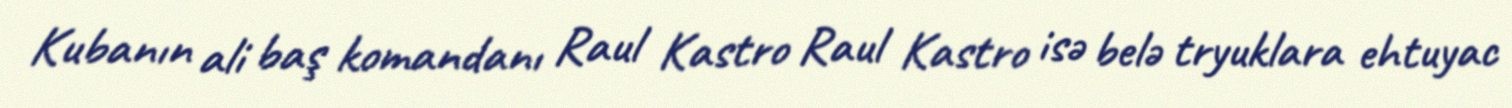
Kubanın ali baş komandanı Raul Kastro Raul Kastro isə belə tryuklara ehtuyac